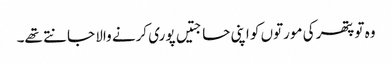
وہ تو پتھر کی مورتوں کو اپنی حاجتیں پوری کرنے والا جانتے تھے۔